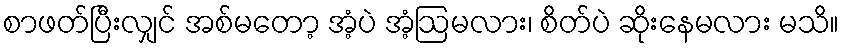
စာဖတ်ပြီးလျှင် အစ်မတော့ အံ့ပဲ အံ့ဩမလား၊ စိတ်ပဲ ဆိုးနေမလား မသိ။